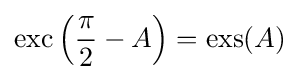
\operatorname {exc} \left({\frac {\pi }{2}}-A\right)=\operatorname {exs} (A)